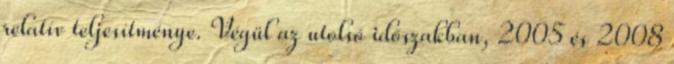
relatív teljesítménye. Végül az utolsó időszakban, 2005 és 2008